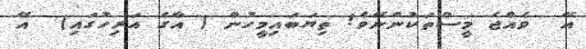
އޭ  ވެއްޖެ މީސްތަކުންނޭވެ! ތިޔަބައިމީހުން ( އާގެ އަރިހުގައި)  އޭ